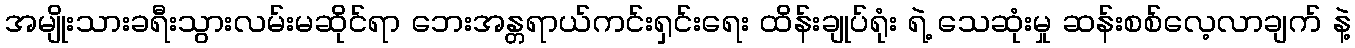
အမျိုးသားခရီးသွားလမ်းမဆိုင်ရာ ဘေးအန္တရာယ်ကင်းရှင်းရေး ထိန်းချုပ်ရုံး ရဲ့ သေဆုံးမှု ဆန်းစစ်လေ့လာချက် နဲ့